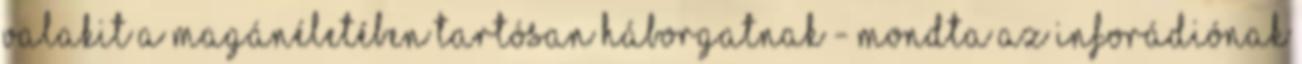
valakit a magánéletében tartósan háborgatnak - mondta az InfoRádiónak